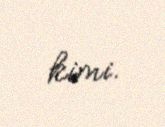
kimi.